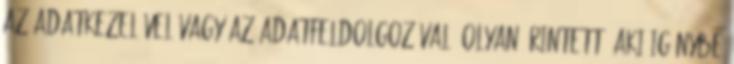
az Adatkezelővel vagy az adatfeldolgozóval. Olyan Érintett, aki igénybe